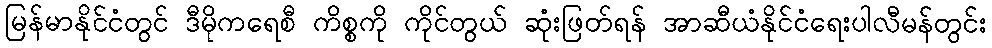
မြန်မာနိုင်ငံတွင် ဒီမိုကရေစီ ကိစ္စကို ကိုင်တွယ် ဆုံးဖြတ်ရန် အာဆီယံနိုင်ငံရေးပါလီမန်တွင်း